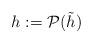
LaTeX: \begin{align*}h:={\mathcal{P}}(\tilde{h})\end{align*}